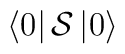
\left< 0\right| {\cal {S}}\left| 0\right>